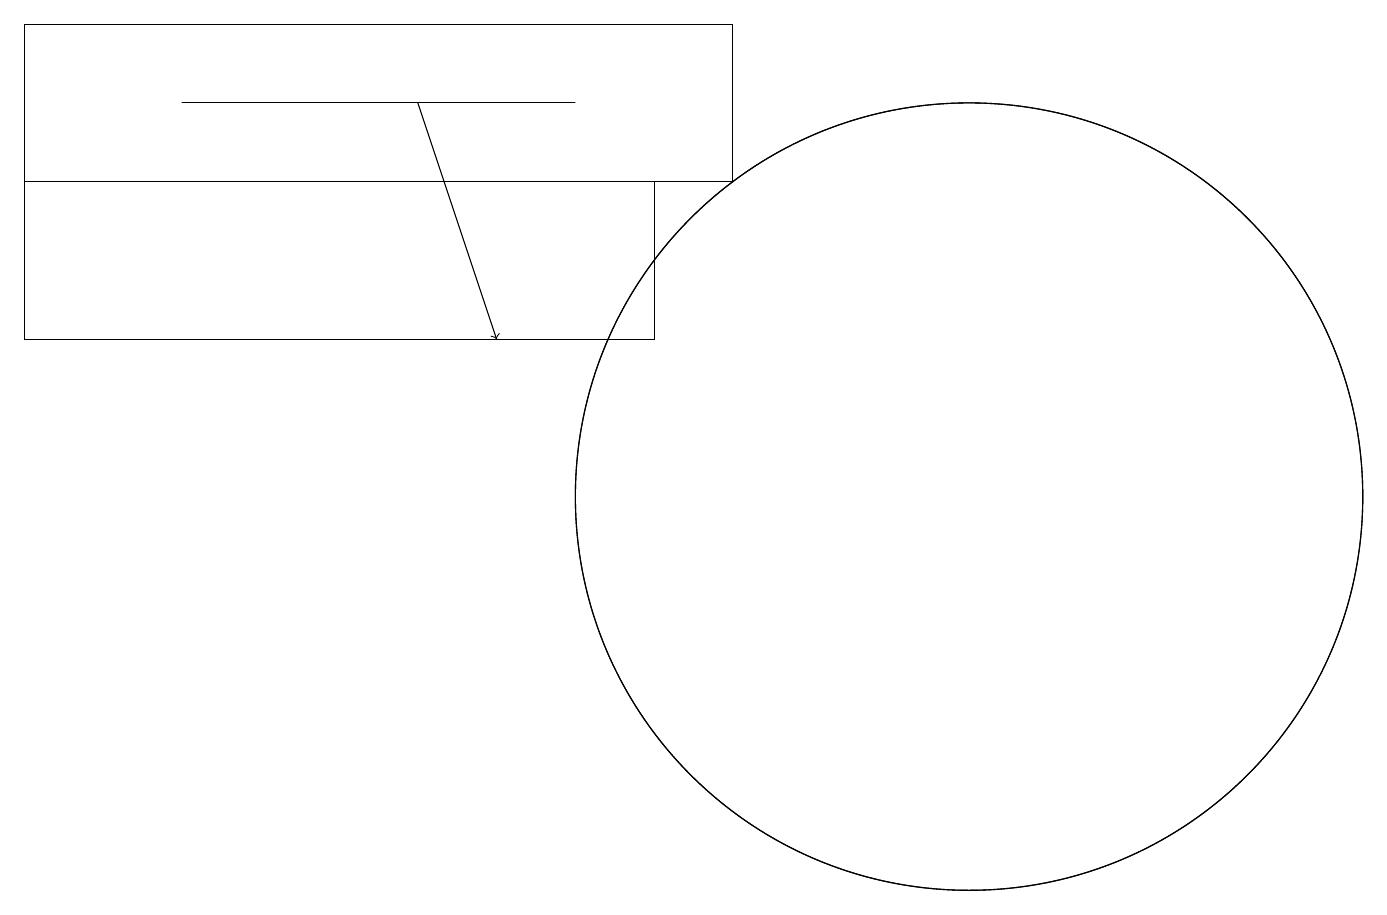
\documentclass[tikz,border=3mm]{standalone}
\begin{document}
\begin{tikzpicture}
\draw (0,15) rectangle (8,13);
\draw (10,11) circle (0);
\draw (9,17) rectangle (0,15);
\draw (12,11) circle (5);
\draw (12,11) circle (5);
\draw (2,16) rectangle (7,16);
\draw[->] (5,16) -- (6,13);
\draw (3,15) rectangle (6,15);
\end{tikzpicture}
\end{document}